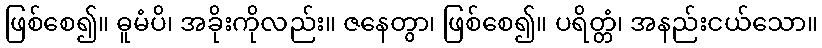
ဖြစ်စေ၍။ ဓူမံပိ၊ အခိုးကိုလည်း။ ဇနေတွာ၊ ဖြစ်စေ၍။ ပရိတ္တံ၊ အနည်းငယ်သော။